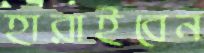
হারাইবেন